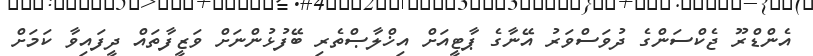
އެންޑްރޫ ޖެކްސަންގެ ދުވަސްވަރު އޭނާގެ ޕާޓީއަށް އިޚްލާޞްތެރި ބޭފުޅުންނަށް ވަޒީފާތައް ދީފައިވާ ކަމަށް